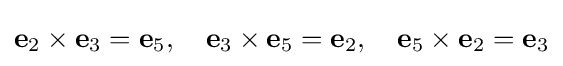
\mathbf {e} _{2}\times \mathbf {e} _{3}=\mathbf {e} _{5},\quad \mathbf {e} _{3}\times \mathbf {e} _{5}=\mathbf {e} _{2},\quad \mathbf {e} _{5}\times \mathbf {e} _{2}=\mathbf {e} _{3}